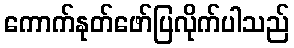
ကောက်နုတ်ဖော်ပြလိုက်ပါသည်